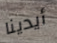
أيدينا